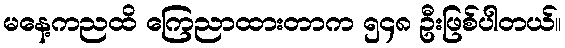
မနေ့ကညထိ ကြေညာထားတာက ၅၄၈ ဦးဖြစ်ပါတယ်။